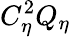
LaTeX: C_{\eta}^{2}Q_{\eta}